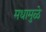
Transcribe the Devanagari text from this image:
मधामुळे